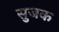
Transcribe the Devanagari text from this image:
सुजक